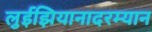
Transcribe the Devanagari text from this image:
लुईझियानादरम्यान